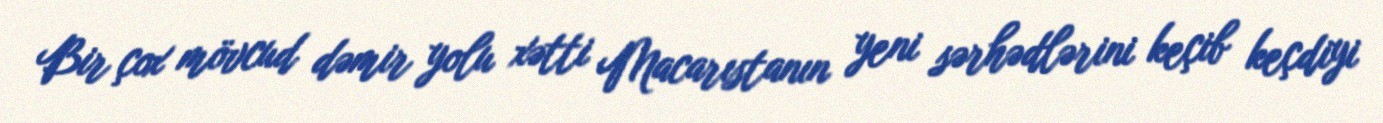
Bir çox mövcud dəmir yolu xətti Macarıstanın yeni sərhədlərini keçib keçdiyi